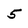
Character: 5